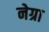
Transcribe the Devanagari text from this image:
नेग्रा